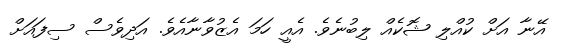
އޭނާ އަށް ކުއްލި ޝޮކެއް ލިބުނެވެ. އެއީ ހަމަ އެޒުވާނާއެވެ. އަދިވެސް ސިފައަށް